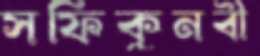
সফিকুনবী